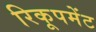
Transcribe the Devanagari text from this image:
रिकूपमेंट